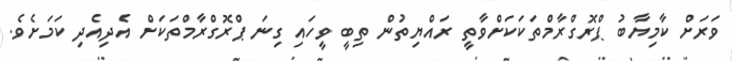
ވަރަށް ކާމިޔާބު ޕްރޮގްރާމްތަކަކަށްވާތީ ރައްޔިތުން ތިބީ ވީހައި ގިނަ ޕްރޮގްރާމްތަކަށް އެދިއެދި ކަމަށެވެ.